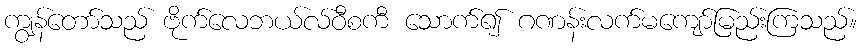
ကျွန်တော်သည် ဗိုက်လေဘယ်လ်ဝီစကီ သောက်၍ ဂဏန်းလက်မကျော်မြည်းကြသည်။